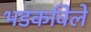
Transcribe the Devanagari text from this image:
भडकविले